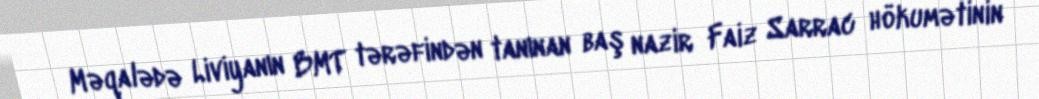
Məqalədə Liviyanın BMT tərəfindən tanınan baş nazir Faiz Sarrac hökumətinin